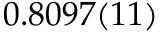
0 . 8 0 9 7 ( 1 1 )